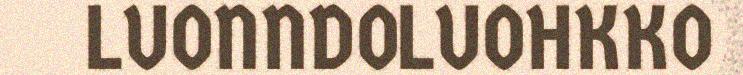
LUONNDOLUOHKKO